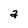
Character: a